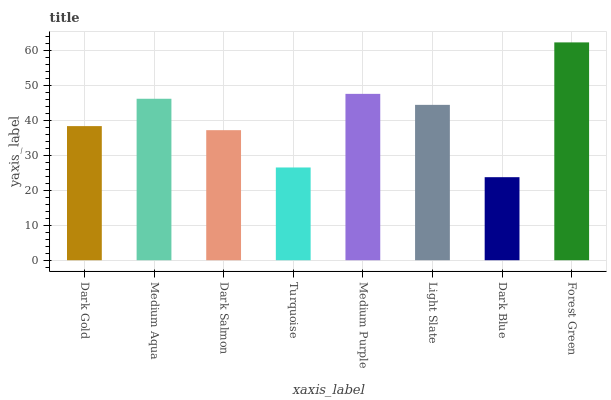
| xaxis_label | bars |
 | --- | --- |
 | Dark Gold | 38.4 |
 | Medium Aqua | 46.2 |
 | Dark Salmon | 37.2 |
 | Turquoise | 26.5 |
 | Medium Purple | 47.6 |
 | Light Slate | 44.5 |
 | Dark Blue | 23.8 |
 | Forest Green | 62.3 |